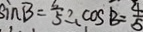
\sin B = \frac { 3 } { 5 } \therefore \cos B = \frac { 4 } { 5 }